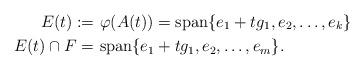
LaTeX: \begin{align*} E(t) :=& \ \varphi(A(t)) = \mathrm{span} \{e_1+ t g_{1}, e_2,\ldots,e_k \} \\ E(t) \cap F =& \ \mathrm{span} \{e_1+ t g_{1}, e_2,\ldots,e_m \} . \end{align*}